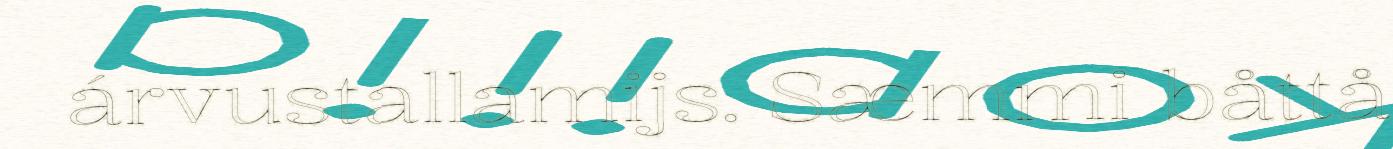
árvustallamijs. Sæmmi båttå